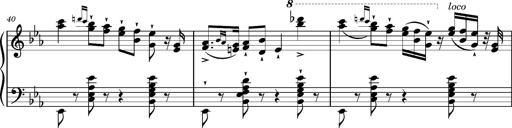
Title: Magyar rapszÃ³diÃ¡k
Composer: Franz Liszt